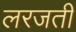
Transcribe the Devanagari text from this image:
लरजती